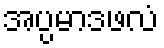
အပ္ပမာဒဖလံ